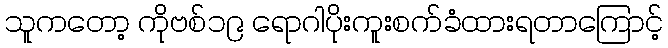
သူကတော့ ကိုဗစ်၁၉ ရောဂါပိုးကူးစက်ခံထားရတာကြောင့်